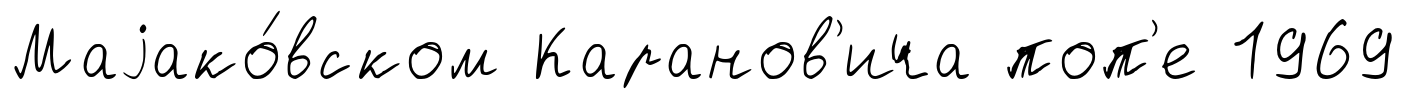
Маjако́вском Каранов'ича поп'е 1969